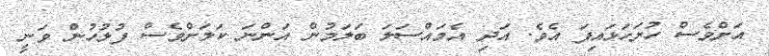
އަށްވެސް ހުށަހަޅައިފަ އެވެ. އަދި އެމައްސަލަ ބަލަމުން އަންނަ ކަމަށްވެސް ފުލުހުން ވަނީ